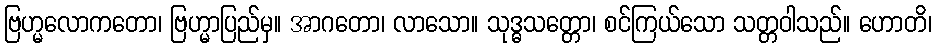
ဗြဟ္မလောကတော၊ ဗြဟ္မာပြည်မှ။ အာဂတော၊ လာသော။ သုဒ္ဓသတ္တော၊ စင်ကြယ်သော သတ္တဝါသည်။ ဟောတိ၊